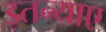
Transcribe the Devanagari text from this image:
इतन्याए